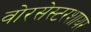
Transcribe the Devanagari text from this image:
वोरसेस्टरशायर